Tezpur Lunatic Asylum reports 1895-1904 - 1895-1904
Year: 1895
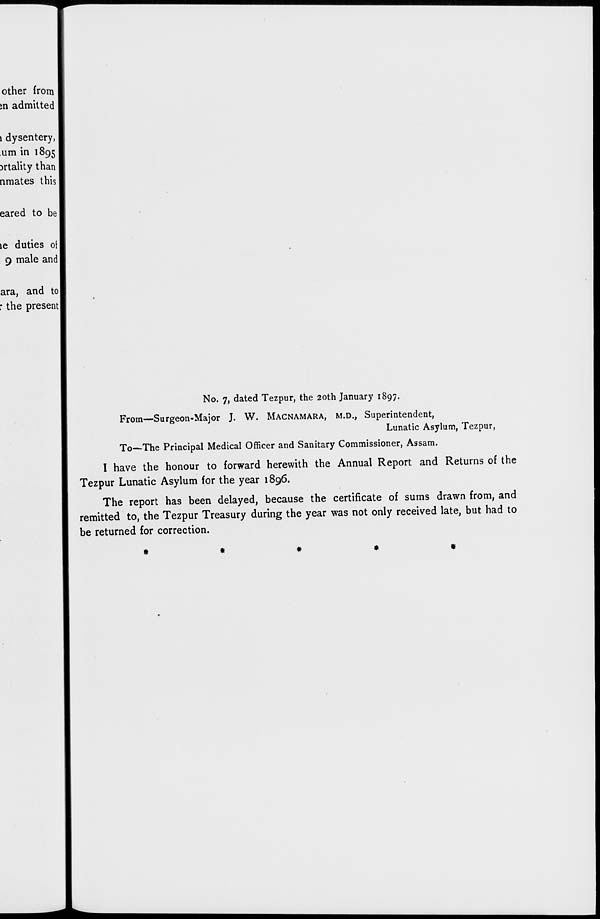
other from
;n admitted
1 dysentery,
urn in 1895
Drtality than
nmates this
eared to be
le duties of
9 male and
ara, and to
r the present
No. 7, dated Tezpur, the 20th January 1897.
From—Surgeon-Major J. W. MACNAMARA, M.D., Superintendent,
Lunatic Asylum, Tezpur,
To—The Principal Medical Officer and Sanitary Commissioner, Assam.
I have the honour to forward herewith the Annual Report and Returns of the
Tezpur Lunatic Asylum for the year 1896.
The report has been delayed, because the certificate of sums drawn from, and
remitted to, the Tezpur Treasury during the year was not only received late, but had to
be returned for correction.